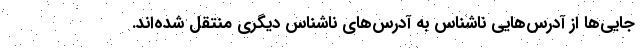
جایی‌ها از آدرس‌هایی ناشناس به آدرس‌های ناشناس دیگری منتقل شده‌اند.